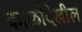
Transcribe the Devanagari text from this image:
काळीदेखील